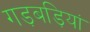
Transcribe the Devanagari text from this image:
गड़बड़ियां